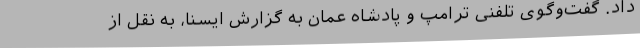
داد. گفت‌وگوی تلفنی ترامپ و پادشاه عمان به گزارش ایسنا، به نقل از